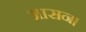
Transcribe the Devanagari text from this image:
आसन।